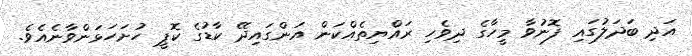
އަދި ބަދަލުގައި ފޮނުވާ މީހާގެ ދިވެހި ރައްޔިތެއްކަން އަންގައިދޭ ކާޑުގެ ކޮޕީ ހުށަހަޅަންވާނެއެވެ.